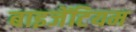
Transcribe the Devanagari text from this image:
बाइजेंटियम